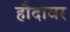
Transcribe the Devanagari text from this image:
हौदावर